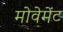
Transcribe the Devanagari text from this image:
मोवेमेंट